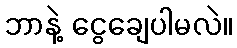
ဘာနဲ့ ငွေချေပါမလဲ။